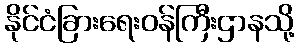
နိုင်ငံခြားရေးဝန်ကြီးဌာနသို့